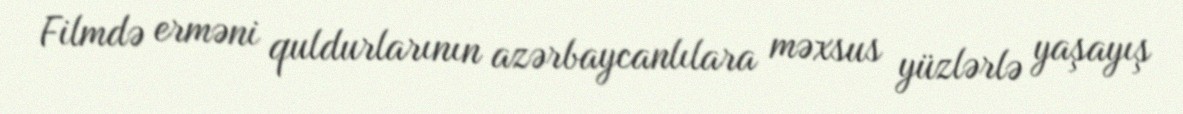
Filmdə erməni quldurlarının azərbaycanlılara məxsus yüzlərlə yaşayış